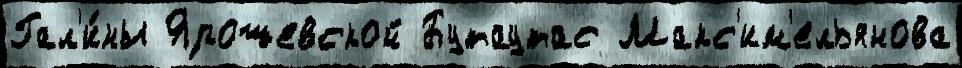
Гал'и́ны Ярошевской Бутаутас Макс'им'ельянова